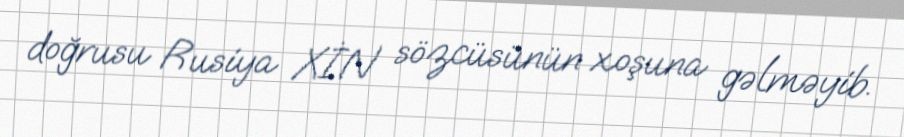
doğrusu Rusiya XİN sözcüsünün xoşuna gəlməyib.